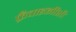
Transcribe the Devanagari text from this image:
फ्रँचाइझींशी